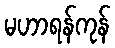
မဟာရန်ကုန်